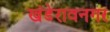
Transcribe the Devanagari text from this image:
खंडेरावनगर